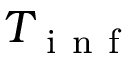
T _ { \mathrm { ~ i ~ n ~ f ~ } }